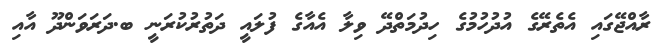
ރާއްޖޭގައި އެތެރޭގެ އުދުހުމުގެ ހިދުމަތްދޭ ވިލާ އެއާގެ ފުލައީ ދަތުރުކުރަނީ ބ.ދަރަވަންދޫ އާއި